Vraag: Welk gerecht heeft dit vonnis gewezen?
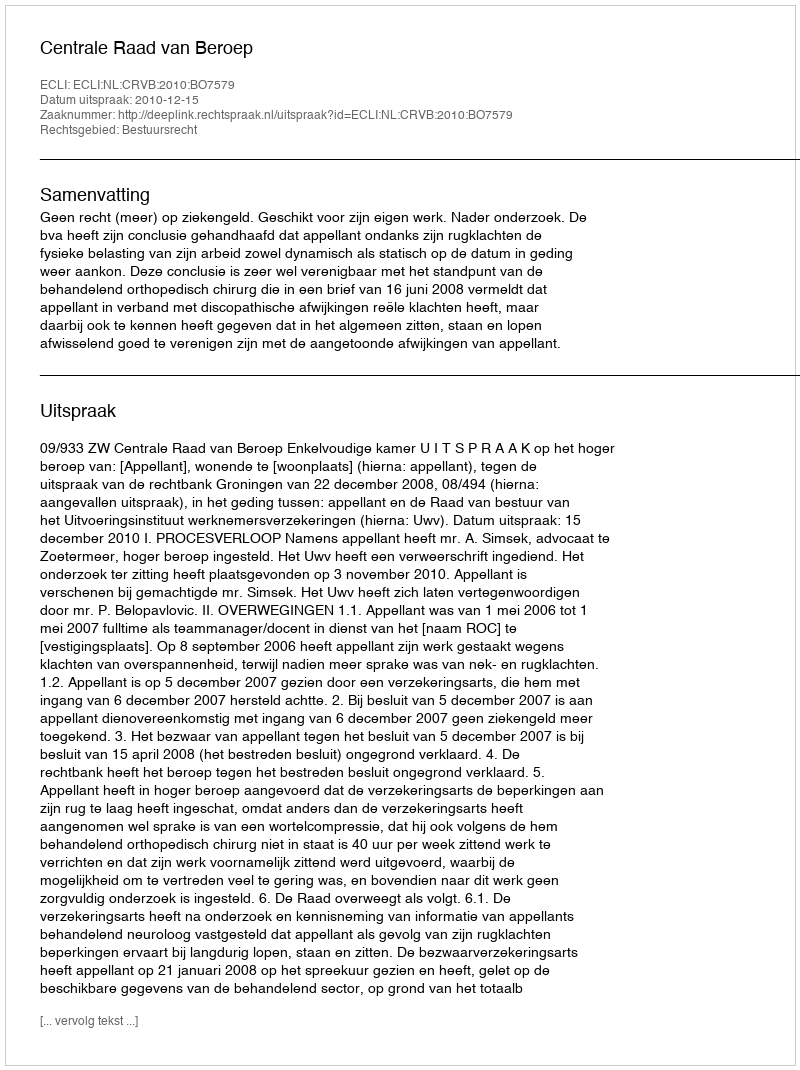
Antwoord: Centrale Raad van Beroep